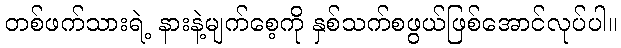
တစ်ဖက်သားရဲ့ နားနဲ့မျက်စေ့ကို နှစ်သက်စဖွယ်ဖြစ်အောင်လုပ်ပါ။